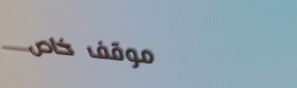
موقف خاص